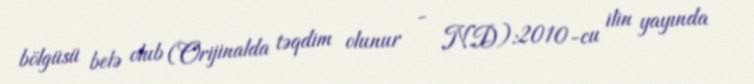
bölgüsü belə olub (Orijinalda təqdim olunur - N.D):2010-cu ilin yayında